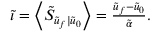
\begin{array} { r } { \tilde { \iota } = \left\langle \tilde { S } _ { \tilde { u } _ { f } | \tilde { u } _ { 0 } } \right\rangle = \frac { \tilde { u } _ { f } - \tilde { u } _ { 0 } } { \tilde { \alpha } } . } \end{array}